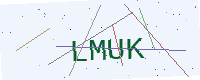
Text: LMUK